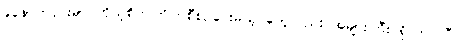
ခုနောက်ပိုင်းမှာ ကိုယ့်စိတ်ကြိုက်စီစဉ်ပေးမယ့် တွေလည်း အများကြီး ရှိလာပါပြီ။